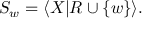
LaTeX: S _ { w } = \langle X | R \cup \{ w \} \rangle .